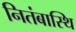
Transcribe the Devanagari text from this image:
नितंबास्थि